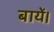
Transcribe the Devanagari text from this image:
बायें।